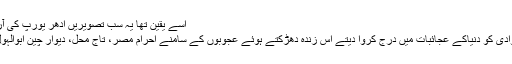
اُسے یقین تھا یہ سب تصویریں اُدھر یورپ کی آرٹ گیلریوں میں جب نمائش
اُن کے بس میں ہوتا تو اس وادی کو دُنیاکے عجائبات میں درج کروا دیتے اس زندہ دھڑکتے ہوئے عجوبوں کے سامنے احرامِ مصر، تاج محل، دیوارِ چین ابوالہول، کتنا مردہ اور بدشکل ہیں۔